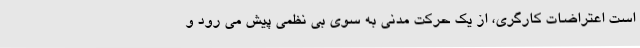
است اعتراضات کارگری، از یک حرکت مدنی به سوی بی نظمی پیش می رود و